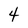
Character: 4